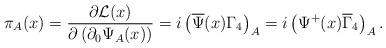
LaTeX: \begin{align*}\pi_A (x)=\frac{\partial {\cal L}(x)}{\partial \left(\partial_0\Psi_A (x)\right)}=i\left(\overline{\Psi }(x)\Gamma_4 \right)_A=i\left(\Psi^+ (x)\overline{\Gamma}_4 \right)_A .\end{align*}